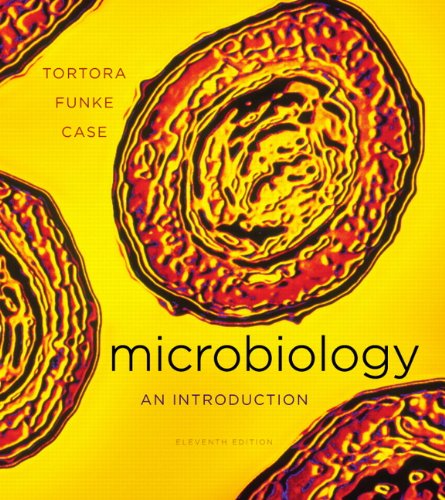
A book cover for Microbiology: An Introduction Plus MasteringMicrobiology with eText -- Access Card Package (11th Edition); Gerard J. Tortora; Medical Books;